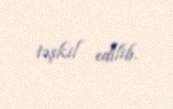
təşkil edilib.